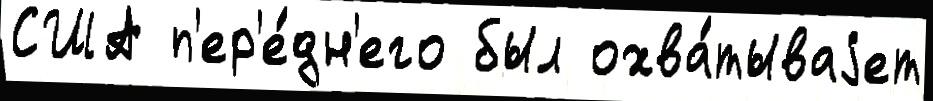
США п'ер'е́дн'его был охва́тываjет